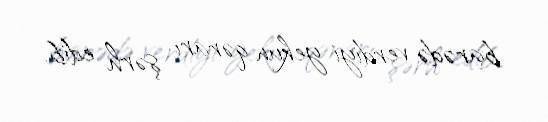
barədə verdiyi yekun qərarı şərh edib.